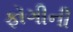
ફૉગીની